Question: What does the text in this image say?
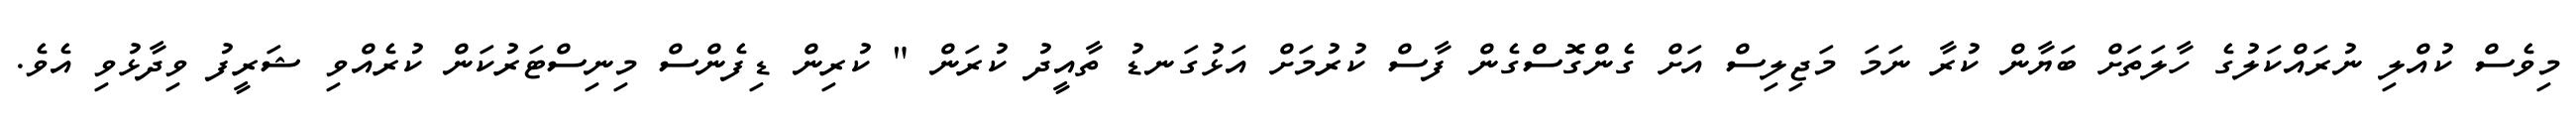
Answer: މިވެސް ކުއްލި ނުރައްކަލުގެ ހާލަތަށް ބަޔާން ކުރާ ނަމަ މަޖިލިސް އަށް ގެންގޮސްގެން ފާސް ކުރުމަށް އަޅުގަނޑު ތާއީދު ކުރަން " ކުރިން ޑިފެންސް މިނިސްޓަރުކަން ކުރެއްވި ޝަރީފު ވިދާޅުވި އެވެ.